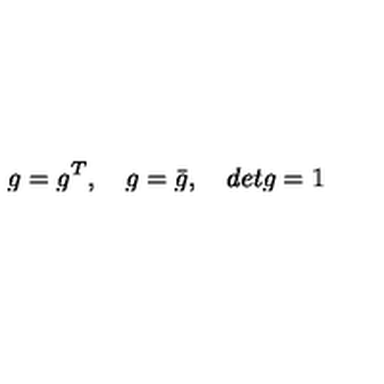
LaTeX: g = g ^ { T } , \quad g = \bar { g } , \quad d e t g = 1